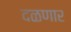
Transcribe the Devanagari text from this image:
दळणार